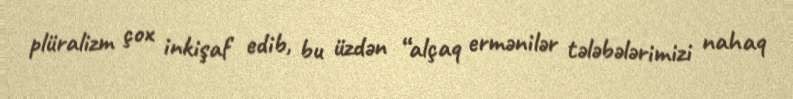
plüralizm çox inkişaf edib, bu üzdən “alçaq ermənilər tələbələrimizi nahaq